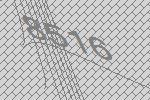
8516